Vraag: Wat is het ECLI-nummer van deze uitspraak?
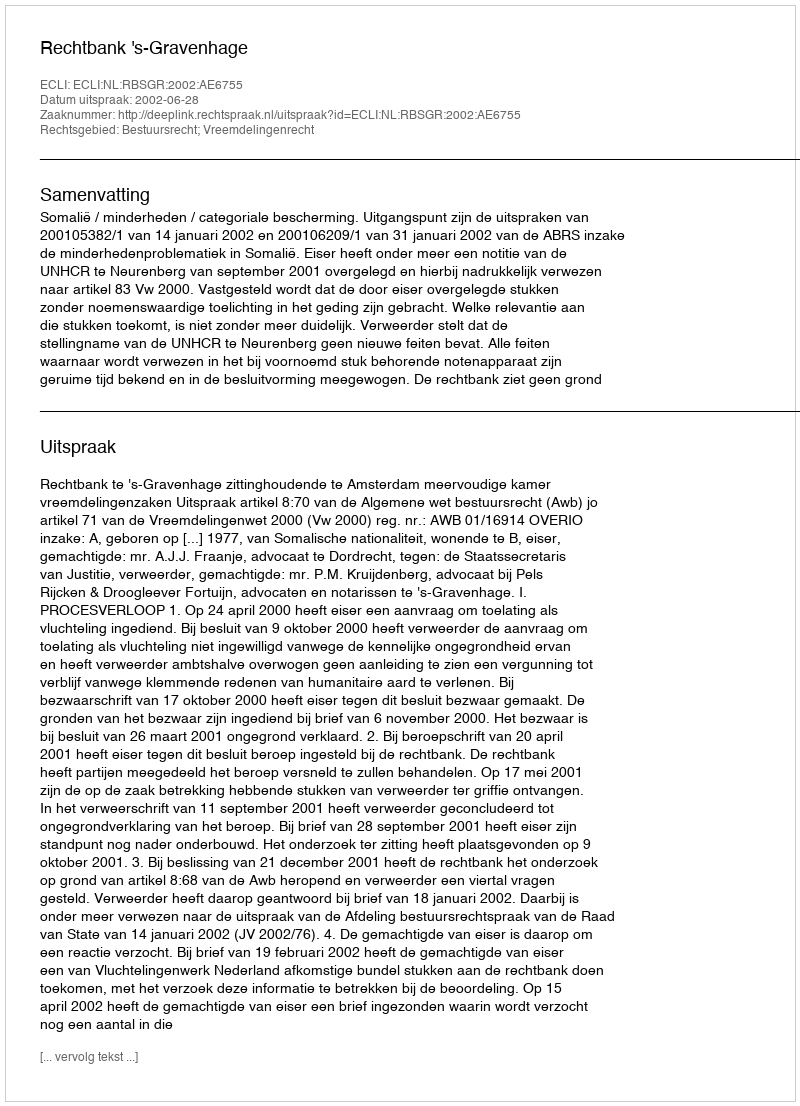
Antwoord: ECLI:NL:RBSGR:2002:AE6755